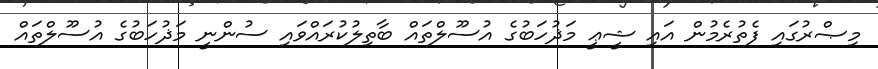
މިޞްރުގައި ފެތުރެމުން އައި ޝީޢީ މަޛުހަބުގެ އުސޫލްތައް ބާތިލުކުރައްވައި ސުންނީ މަޛުހަބުގެ އުސޫލްތައް